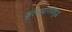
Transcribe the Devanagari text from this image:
कुलाचारविशुद्धं